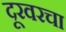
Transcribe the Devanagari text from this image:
दूरवरचा